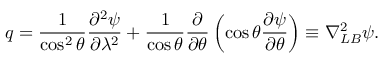
q = \frac { 1 } { \cos ^ { 2 } \theta } \frac { \partial ^ { 2 } \psi } { \partial \lambda ^ { 2 } } + \frac { 1 } { \cos \theta } \frac { \partial } { \partial \theta } \left( \cos \theta \frac { \partial \psi } { \partial \theta } \right) \equiv \nabla _ { L B } ^ { 2 } \psi .